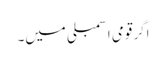
اگر قومی اسمبلی میں۔